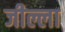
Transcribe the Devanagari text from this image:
जील्ला